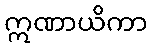
ဣဏာယိကာ